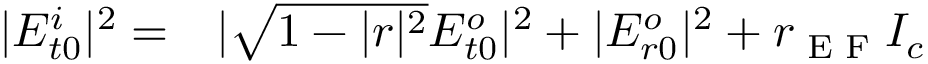
\begin{array} { r l } { | E _ { t 0 } ^ { i } | ^ { 2 } = } & { { } | \sqrt { 1 - | r | ^ { 2 } } E _ { t 0 } ^ { o } | ^ { 2 } + | E _ { r 0 } ^ { o } | ^ { 2 } + r _ { \textrm { E F } } I _ { c } } \end{array}